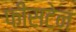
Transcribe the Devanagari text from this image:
फीसटेन